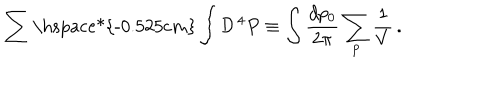
\sum { \mathrm { \hspace * { - 0 . 5 2 5 c m } } } \int { \cal D } ^ { \, 4 } P \equiv \int \frac { d p _ { 0 } } { 2 \pi } \sum _ { \bf p } \frac { 1 } { V } \, .